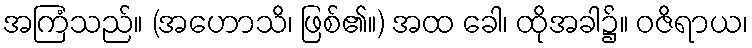
အကြံသည်။ (အဟောသိ၊ ဖြစ်၏။) အထ ခေါ၊ ထိုအခါ၌။ ဝဇိရာယ၊